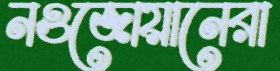
নওজোয়ানেরা